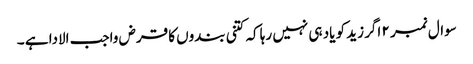
سوال نمبر ۲ اگر زید کو یاد ہی نہیں رہا کہ کتنی بندوں کا قرض واجب الادا ہے ۔